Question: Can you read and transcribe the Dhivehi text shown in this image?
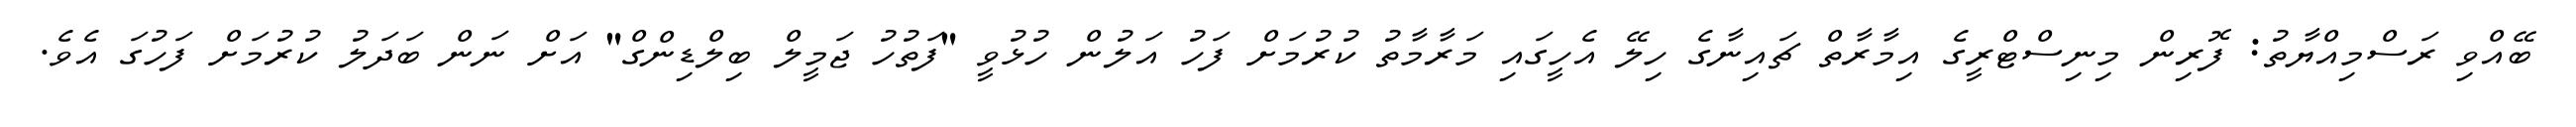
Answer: ބޭއްވި ރަސްމިއްޔާތު: ފޮރިން މިނިސްޓްރީގެ އިމާރާތް ޗައިނާގެ ހިލޭ އެހީގައި މަރާމާތު ކުރުމަށް ފަހު އަލުން ހުޅުވީ "ފަތުހު ޖަމީލް ބިލްޑިންގް" އަށް ނަން ބަދަލު ކުރުމަށް ފަހުގަ އެވެ.